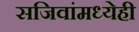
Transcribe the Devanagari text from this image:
सजिवांमध्येही